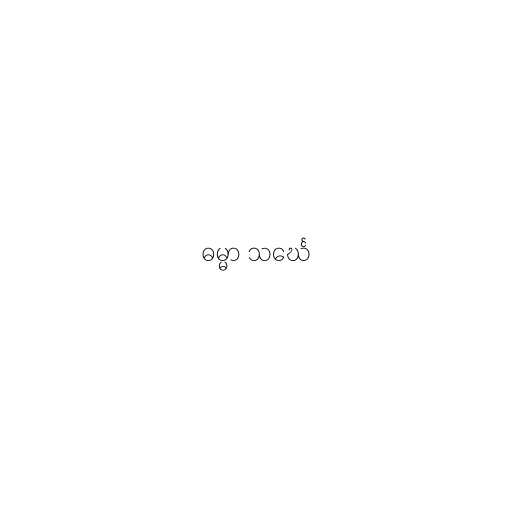
ဓမ္မာ သင်္ဃေ